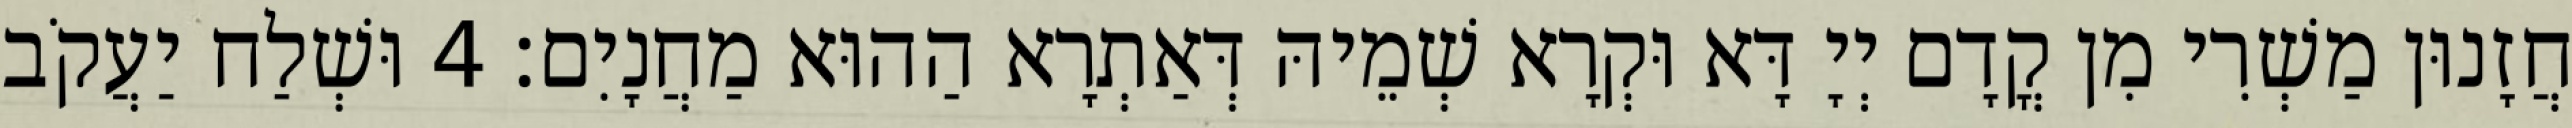
חֲזָנוּן מַשְׁרִי מִן קֳדָם יְיָ דָּא וּקְרָא שְׁמֵיהּ דְּאַתְרָא הַהוּא מַחֲנָיִם׃ 4 וּשְׁלַח יַעֲקֹב